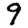
Digit: 9